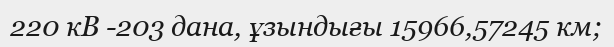
220 кВ -203 дана, ұзындығы 15966,57245 км;